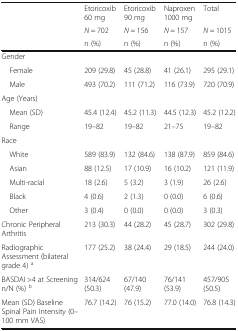
<table><thead><tr><td rowspan="2"></td><td><b>Etoricoxib 60 mg</b></td><td><b>Etoricoxib 90 mg</b></td><td><b>Naproxen 1000 mg</b></td><td><b>Total</b></td></tr><tr><td><b><i>N</i> = 702</b></td><td><b><i>N</i> = 156</b></td><td><b><i>N</i> = 157</b></td><td><b><i>N</i> = 1015</b></td></tr><tr><td></td><td><b>n (%)</b></td><td><b>n (%)</b></td><td><b>n (%)</b></td><td><b>n (%)</b></td></tr></thead><tbody><tr><td colspan="5">Gender</td></tr><tr><td> Female</td><td>209 (29.8)</td><td>45 (28.8)</td><td>41 (26.1)</td><td>295 (29.1)</td></tr><tr><td> Male</td><td>493 (70.2)</td><td>111 (71.2)</td><td>116 (73.9)</td><td>720 (70.9)</td></tr><tr><td colspan="5">Age (Years)</td></tr><tr><td> Mean (SD)</td><td>45.4 (12.4)</td><td>45.2 (11.3)</td><td>44.5 (12.3)</td><td>45.2 (12.2)</td></tr><tr><td> Range</td><td>19–82</td><td>19–82</td><td>21–75</td><td>19–82</td></tr><tr><td colspan="5">Race</td></tr><tr><td> White</td><td>589 (83.9)</td><td>132 (84.6)</td><td>138 (87.9)</td><td>859 (84.6)</td></tr><tr><td> Asian</td><td>88 (12.5)</td><td>17 (10.9)</td><td>16 (10.2)</td><td>121 (11.9)</td></tr><tr><td> Multi-racial</td><td>18 (2.6)</td><td>5 (3.2)</td><td>3 (1.9)</td><td>26 (2.6)</td></tr><tr><td> Black</td><td>4 (0.6)</td><td>2 (1.3)</td><td>0 (0.0)</td><td>6 (0.6)</td></tr><tr><td> Other</td><td>3 (0.4)</td><td>0 (0.0)</td><td>0 (0.0)</td><td>3 (0.3)</td></tr><tr><td>Chronic Peripheral Arthritis</td><td>213 (30.3)</td><td>44 (28.2)</td><td>45 (28.7)</td><td>302 (29.8)</td></tr><tr><td>Radiographic Assessment (bilateral grade 4) <sup>a</sup></td><td>177 (25.2)</td><td>38 (24.4)</td><td>29 (18.5)</td><td>244 (24.0)</td></tr><tr><td>BASDAI &gt;4 at Screening n/N (%) <sup>b</sup></td><td>314/624 (50.3)</td><td>67/140 (47.9)</td><td>76/141 (53.9)</td><td>457/905 (50.5)</td></tr><tr><td>Mean (SD) Baseline Spinal Pain Intensity (0–100 mm VAS)</td><td>76.7 (14.2)</td><td>76 (15.2)</td><td>77.0 (14.0)</td><td>76.8 (14.3)</td></tr></tbody></table>